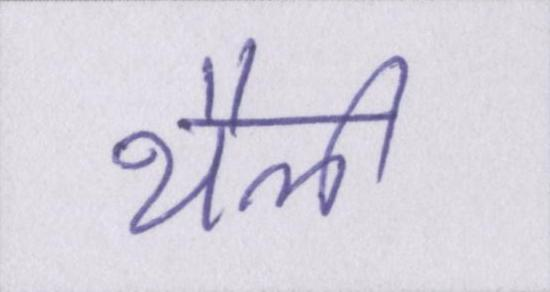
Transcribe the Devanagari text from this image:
थैली